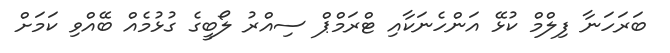
ބަރަހަނާ ފިލްމް ކުޅޭ އަންހެނަކާއި ޓްރަމްޕް ސިއްރު ލޯބީގެ ގުޅުމެއް ބޭއްވި ކަމަށް